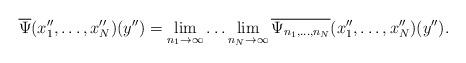
LaTeX: \begin{align*} \overline{\Psi}(x_1'', \dots, x_N'')(y'') = \lim_{n_1 \rightarrow\infty} \ldots \lim_{n_N \rightarrow \infty}\overline{\Psi_{n_1,\ldots,n_N}}(x_1'', \dots, x_N'')(y'').\end{align*}